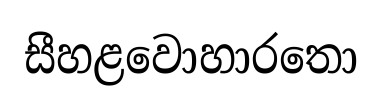
සීහළවොහාරතො